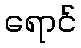
ရောင်